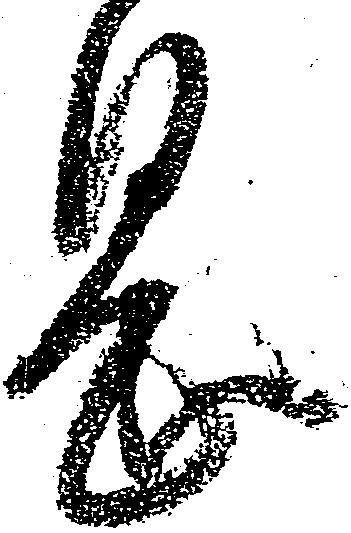
息